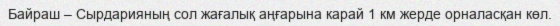
Байраш – Сырдарияның сол жағалық аңғарына карай 1 км жерде орналасқан көл.